Trukikaitis_Postimees, lk 103
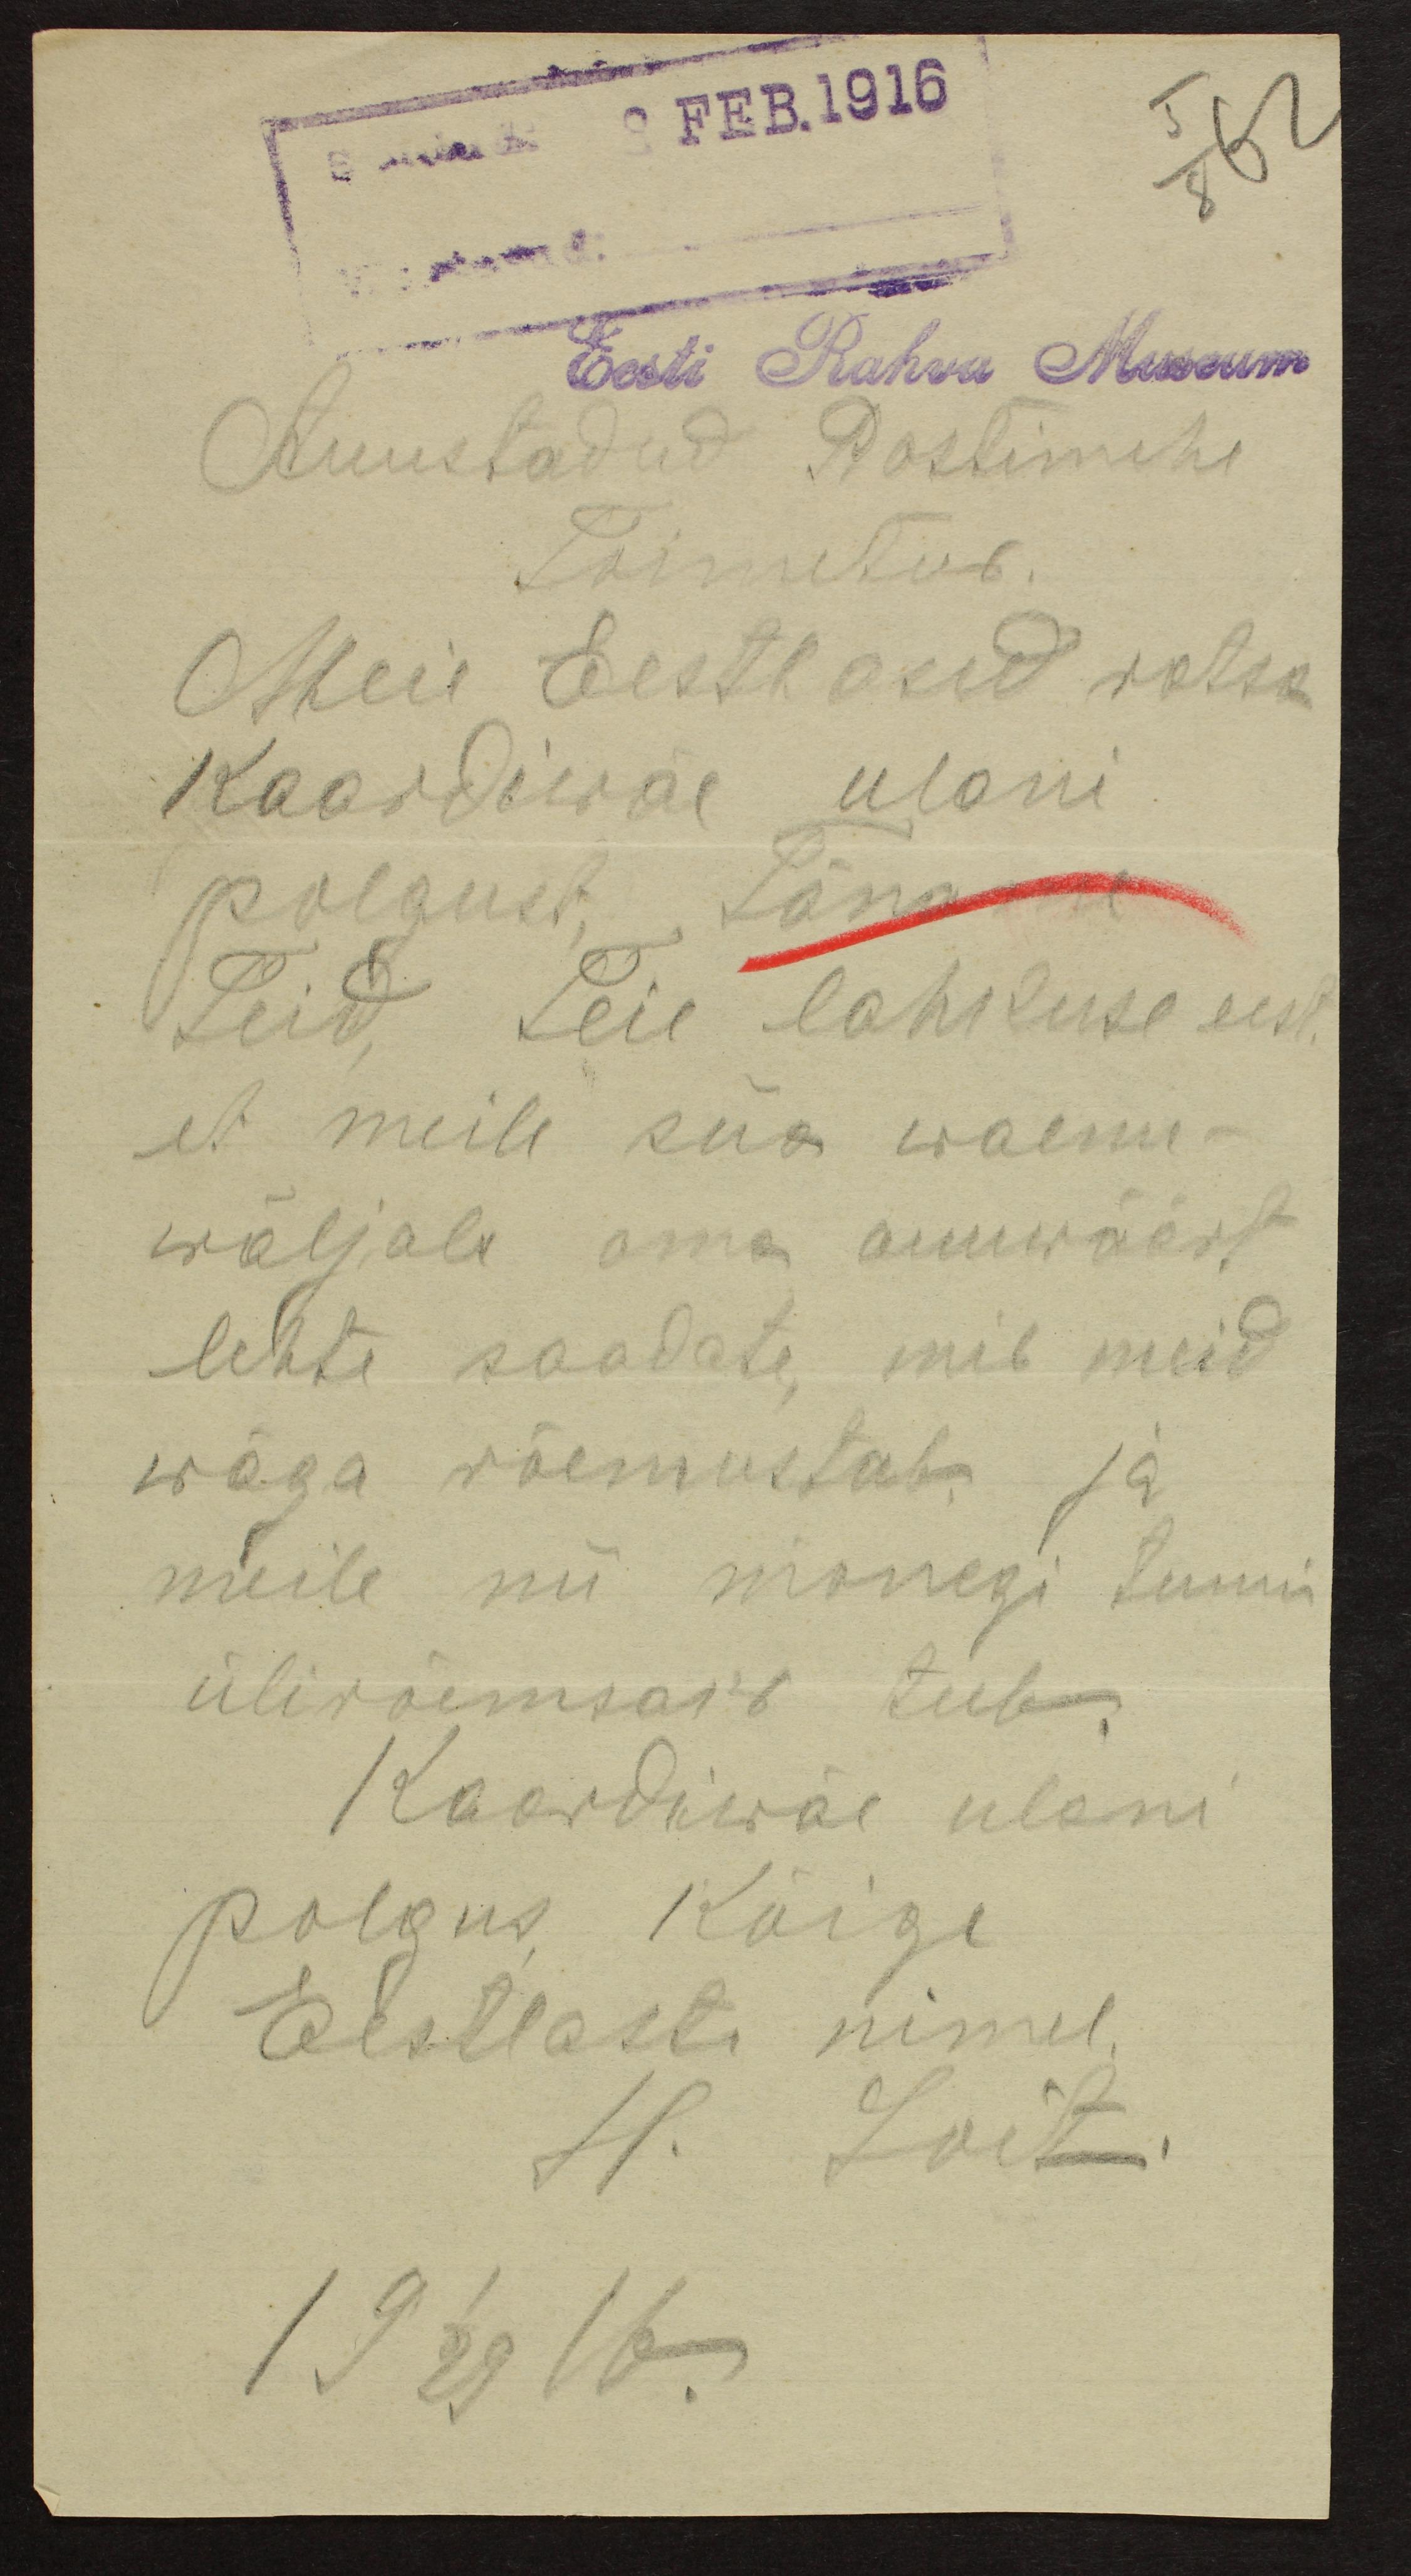
Saadud. 9 Feb.1916
5
62
8
Eesti Rahva Museum
Auustadud Postimehe
Toimetus.
Meie Eestlasid rotse
Kaardiwäe ulani
polgust. Täname
Teid Teie lahkuse eest.
et meile siia waenu-
wäljale oma auuwäärt
lehte saadate, mis meid
wäga rõemustab ja
meile nii mõnegi tunni
ülirõemsaks teeb
Kaardiwäe ulani
polgus kõige
Eestlasti nimel,
H. Loit.
19 1/29 16